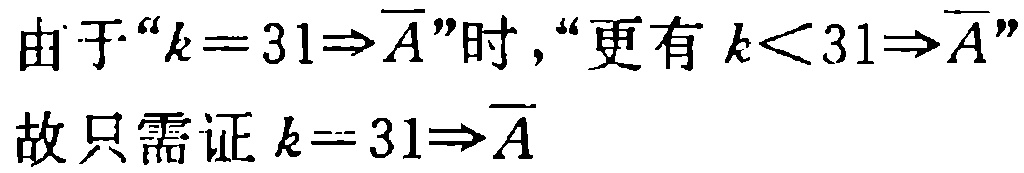
由于“$k = 31\Rightarrow \overline{A}$”时，“更有$k < 31\Rightarrow \overline{A}$”
故只需证$k = 31\Rightarrow \overline{A}$